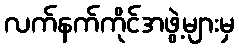
လက်နက်ကိုင်အဖွဲ့များမှ